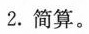
2.简算。